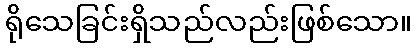
ရိုသေခြင်းရှိသည်လည်းဖြစ်သော။